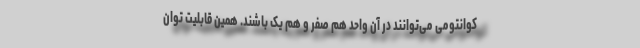
کوانتومی می‌توانند در آن واحد هم صفر و هم یک باشند. همین قابلیت توان